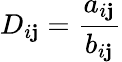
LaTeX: D_{i\mathbf{j}}=\frac{{a_{i\mathbf{j}}}}{{b_{i\mathbf{j}}}}